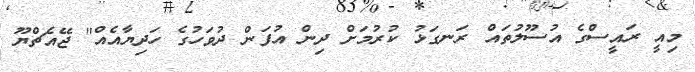
މިއީ ރައީސްގެ އުސޫލުތައް ރަނގަޅު ކުރުމަށް ދިން އުފަން ދުވަހުގެ ހަދިޔާއެއް" ޖޭއެޗްޔޫ